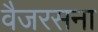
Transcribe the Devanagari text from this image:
वैजरसना